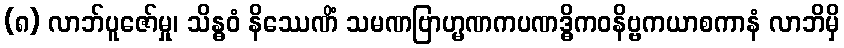
(၈) လာဘ်ပူဇော်မှု၊ သိန္ဓဝံ နိဿေဏိံ သမဏဗြာဟ္မဏကပဏဒ္ဓိကဝနိဗ္ဗကယာစကာနံ လာဘိမှိ